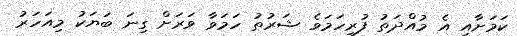
ކަމަށާއި އެ މުއްދަތު ފުރިހަމަވެ ޝަރުތު ހަމަވާ ވަރަށް ގިނަ ބަޔަކު މިއަހަރު